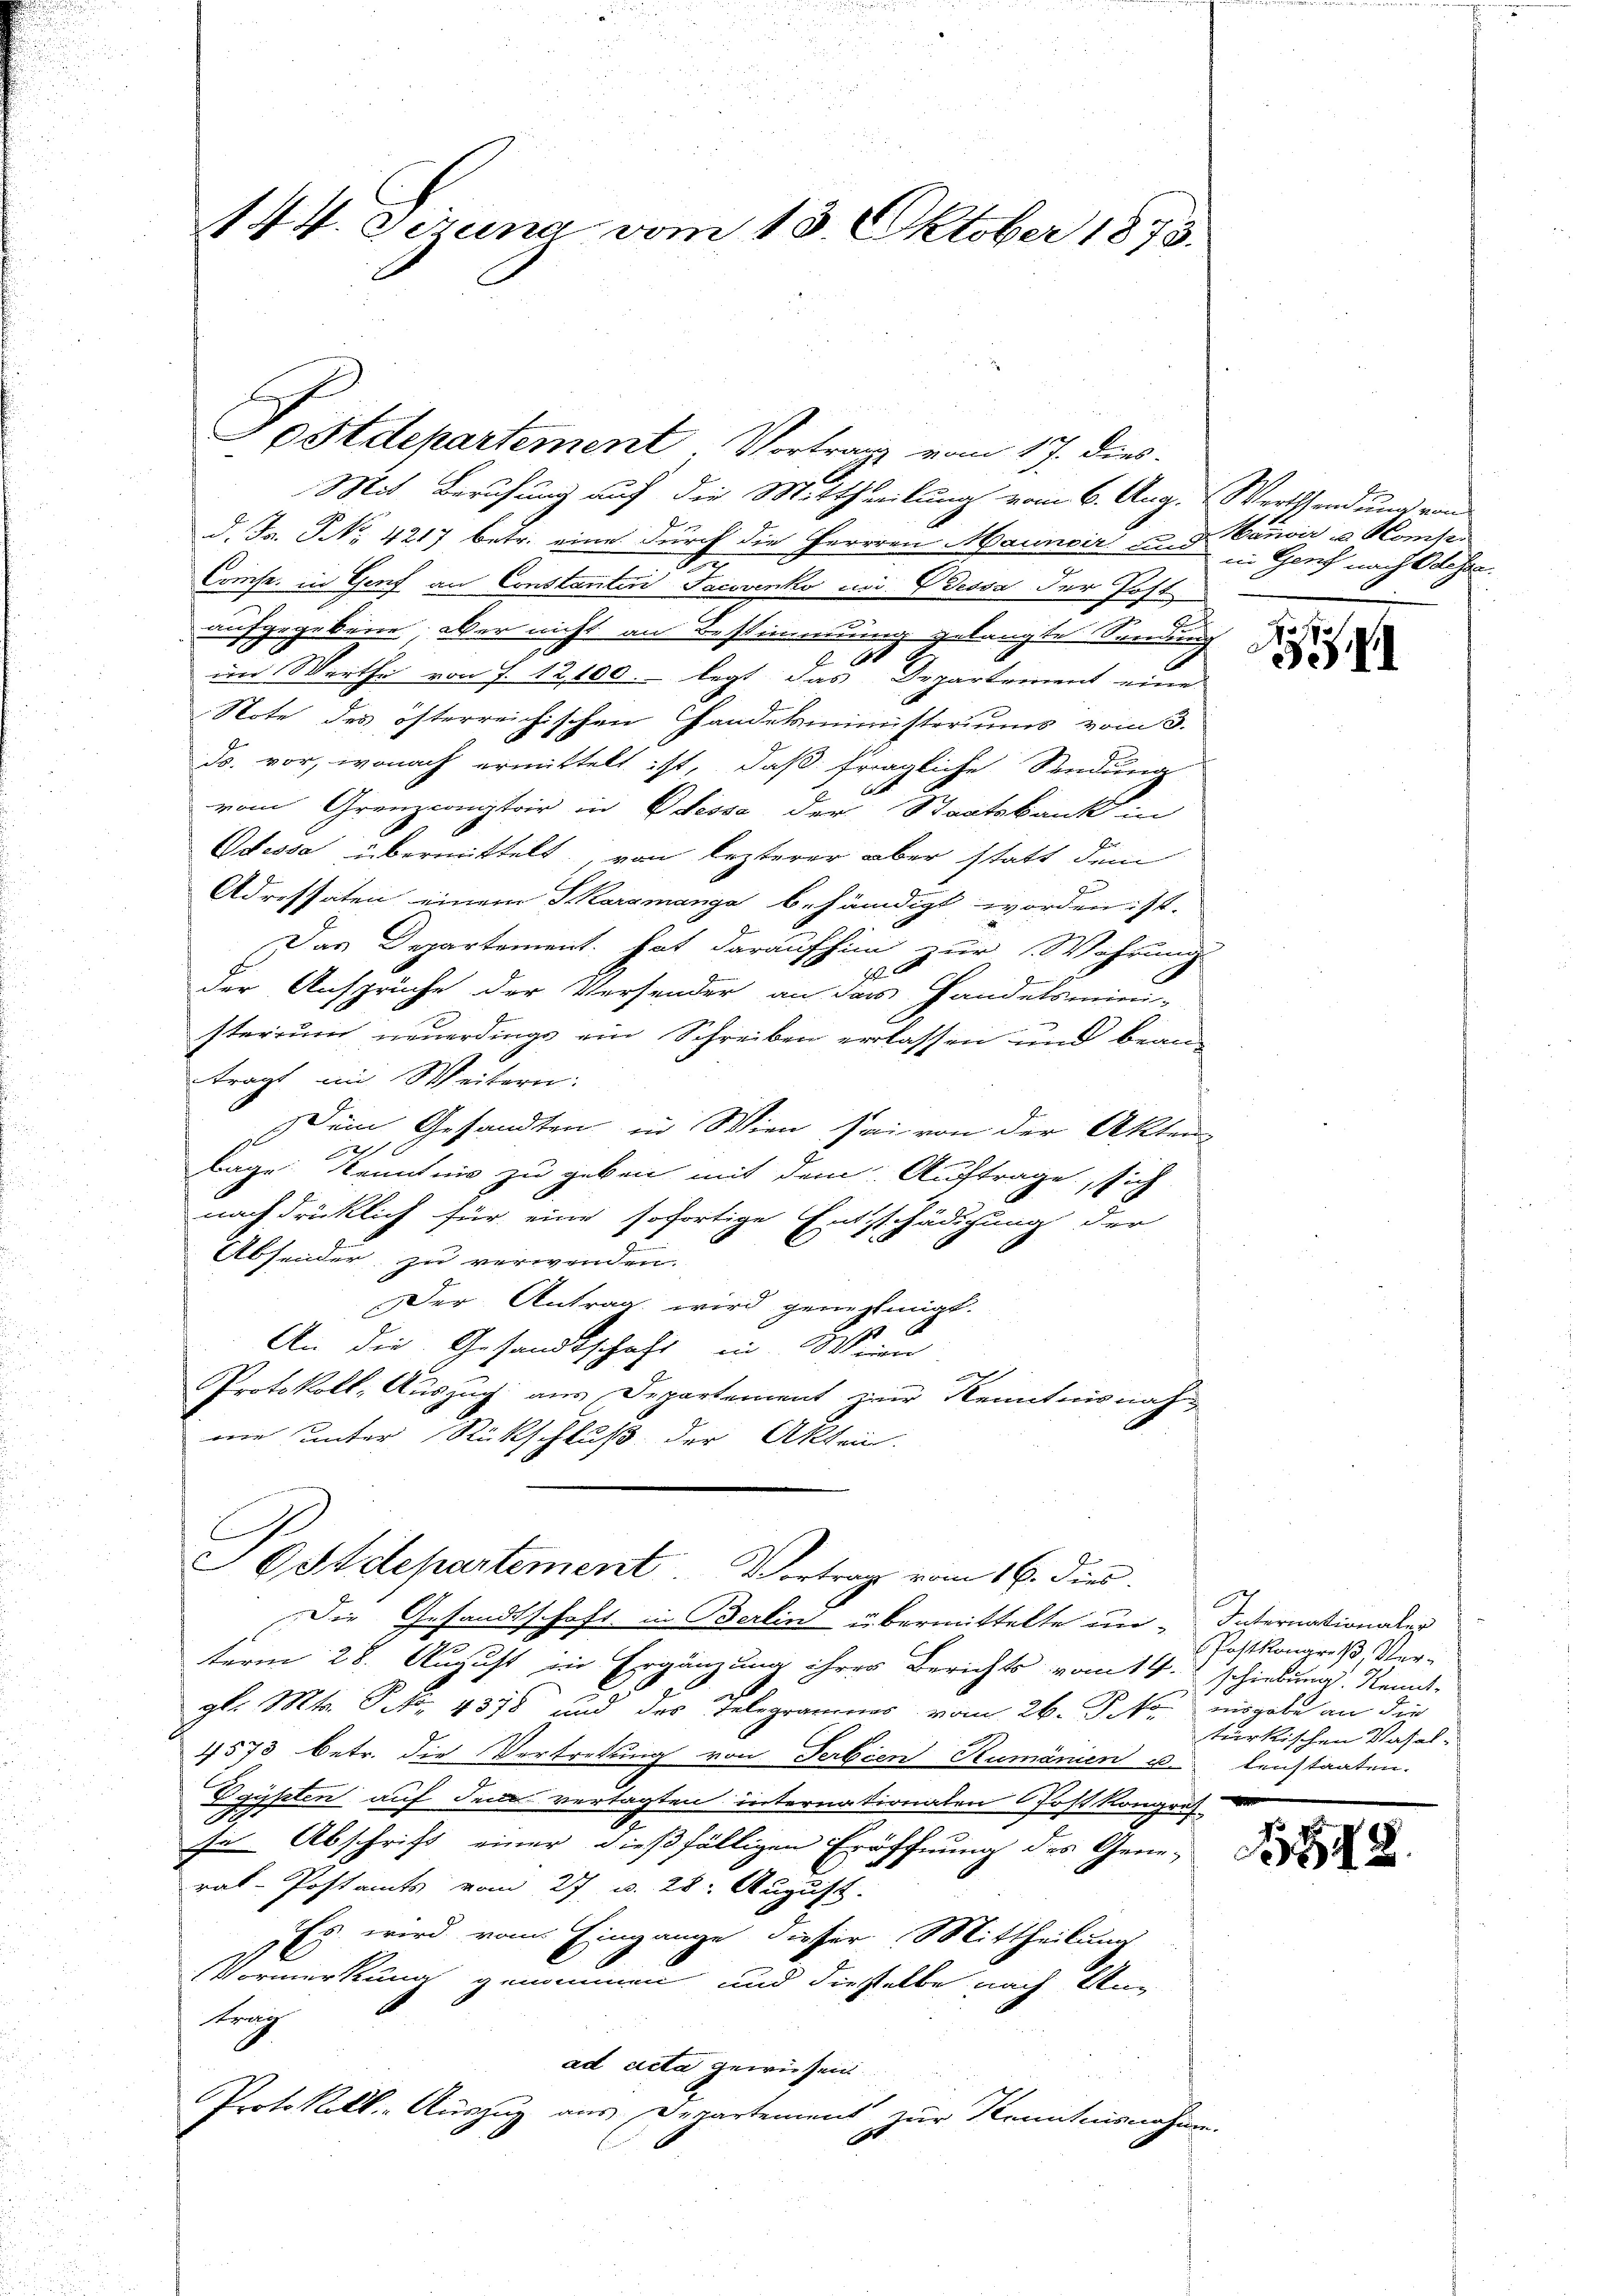
144. Jezung vom 13. Oktober 1873.

Postdepartement. Vortrag vom 17. dies
Mit Berufung auf die Mittheilung vom 6. Aug. Werthsendung von
d. Js. No. 4217 betr. eine durch die Herren Maunoir und in Genf nach Odessa¬
Comse. in Genf an Constanten Jacovenko ioi. Dessa der Post
aufgegebene Wer nicht an Bestimmung gelangte Sendung
88
im Werthe von f. 12,100. - legt das Departement eine
Note des öfterreichischen Handesministeriums vom 3.
ds. vor, wonach ermittelt ist, daß fragliche Sendung
vom Grenzcomptoir in Plessa der Staatsbank in
Odessa übermittelt, von lezterer aber statt dem
Adressaten einem S.karamanga behändigt worden ist.
Das Departement hat daraufhin zur Wahrung
14
der Ansprüche der Versender an das Handelsmini-
sterium neuerdings ein Schreiben erlassen und bean-
tragt im Weitern:
Dein Gesandten in Wien sei von der Akten-
Lage Kenntnis zu geben mit dem Auftrage, sich
nachdrücklich für eine sofortige Entschädigung der
Absender zu verwenden.
Der Antrag wird genehmigt.
An die Gesandtschaft in Wein
e
Protokoll, Auszug aus Departement zur Kenntnisnahne unter Rückschluß der Akten.

Ostdepartement Vortrag vom 16. dies

Die Gesandtschaft in Berlin übermittelte in Internationalen

term 28. August in Ergänzung ihrer Berichts vom 14. Schiebung. Rend-
gl. Mts. S. 4378 und des Telegramms vom 26. Jako misgabe an die
4573 betr. die Vertretung von Serbien Rumänien u. lenstaaten.
Egypten auf dem vertagten internationaten Post Kongres
u
In Abschrift einer dießfälligen Eröffnung des Gene-
ral-Postamts vom 27. v. 28. August.
Es wird vom Eingange dieser Mittheilung
Vormerkung genommen und dieselbe nach Untung
ad acta gewiesen.
Protokoll. - Auszug aus Departement zur Kenntnisnahme.
10

Mauoir in Kompe

S

Postkongreß, Ver-
türkischen Vasal-

542.